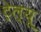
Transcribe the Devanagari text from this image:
ट्रेल्यू